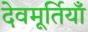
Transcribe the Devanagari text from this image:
देवमूर्तियाँ